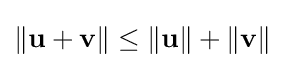
\|\mathbf {u} +\mathbf {v} \|\leq \|\mathbf {u} \|+\|\mathbf {v} \|